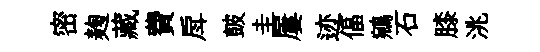
密麹藏費戽皷圭屢迹偪鵷石膝洮